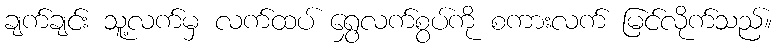
ချက်ချင်း သူ့လက်မှ လက်ထပ် ရွှေလက်စွပ်ကို စကားလက် မြင်လိုက်သည်။